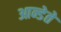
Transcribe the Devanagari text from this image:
आन्डेते